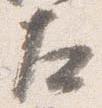
左